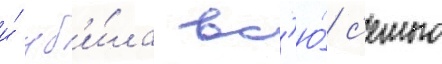
и́ уб'и́ла вс'ю́ с'емью